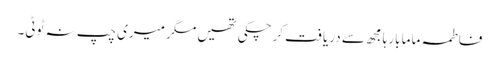
فاطمہ ماما بارہا مجھ سے دریافت کرچکی تھیں مگر میری چپ نہ ٹوٹی۔